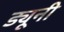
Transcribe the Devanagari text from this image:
ड्यूनी